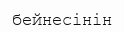
бейнесінін